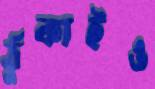
ঠুকাইও